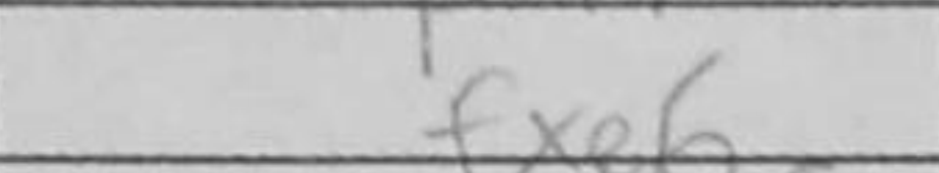
Transcription: fxe6